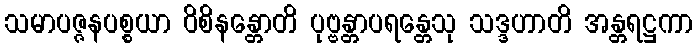
သမာပဇ္ဇနပစ္စယာ ဝိစိနန္တောတိ ပုဗ္ဗန္တာပရန္တေသု သဒ္ဒဟာတိ အန္တရဋ္ဌကာ